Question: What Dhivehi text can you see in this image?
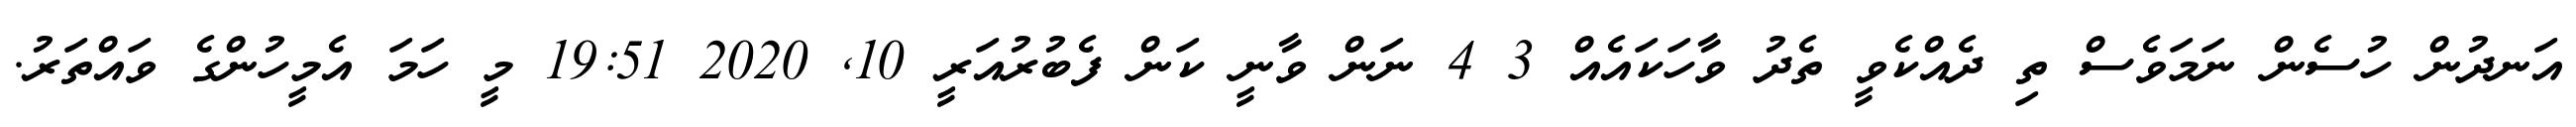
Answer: އަނދުން ހުސެން ނަމަވެސް ތި ދެއްކެވީ ތެދު ވާހަކައެއް 3 4 ނަން ވާނީ ކަން ފެބުރުއަރީ 10, 2020 19:51 މީ ހަމަ އެމީހުންގެ ވައްތަރު.